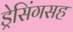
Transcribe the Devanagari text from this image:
ड्रेसिंगसह